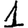
Digit: 1